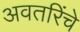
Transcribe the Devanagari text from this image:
अवतरिंचे